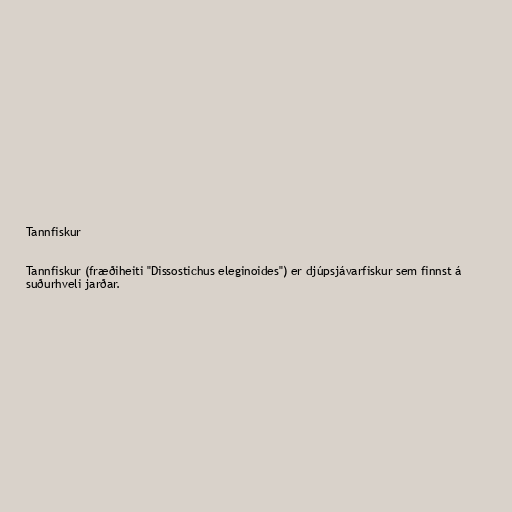
Tannfiskur

Tannfiskur (fræðiheiti "Dissostichus eleginoides") er djúpsjávarfiskur sem finnst á
suðurhveli jarðar.